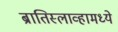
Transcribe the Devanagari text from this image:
ब्रातिस्लाव्हामध्ये